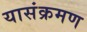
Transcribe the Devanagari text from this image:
यासंक्रमण